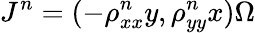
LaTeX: J^{n}=(-\rho_{xx}^{n}y,\rho_{yy}^{n}x)\Omega